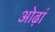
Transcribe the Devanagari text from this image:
ओढ़ां